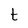
Character: t